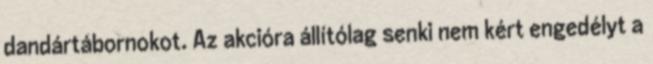
dandártábornokot. Az akcióra állítólag senki nem kért engedélyt a